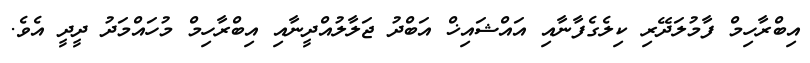
އިބްރާހިމް ފާމުލަދޭރި ކިލެގެފާނާއި އައްޝައިޚް އަބްދު ޖަލާލުއްދީނާއި އިބްރާހިމް މުހައްމަދު ދީދީ އެވެ.